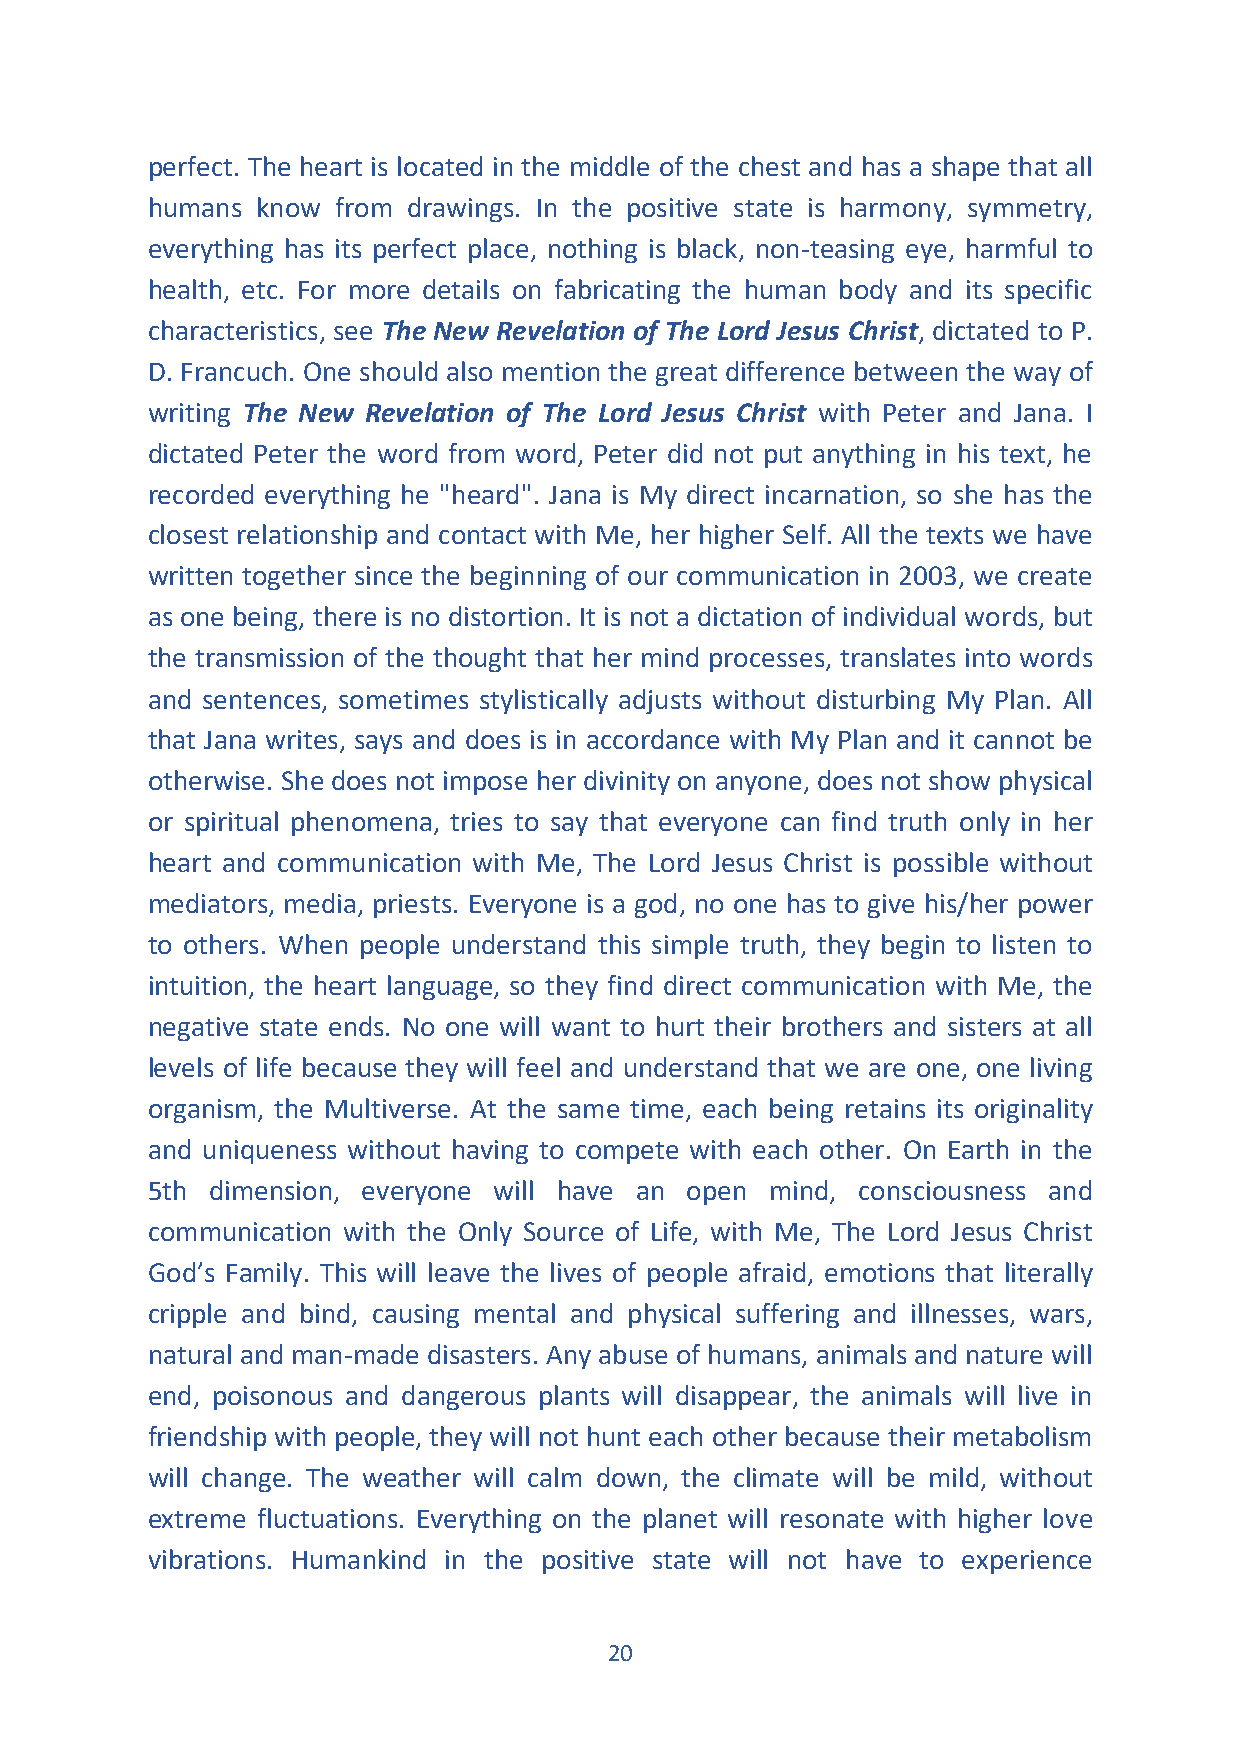
perfect. The heart is located in the middle of the chest and has a shape that all
 humans know from drawings. In the positive state is harmony, symmetry,
 everything has its perfect place, nothing is black, non-teasing eye, harmful to
 health, etc. For more details on fabricating the human body and its specific
 characteristics, see The New Revelation of The Lord Jesus Christ, dictated to P.
 D. Francuch. One should also mention the great difference between the way of
 writing The New Revelation of The Lord Jesus Christ with Peter and Jana. I
 dictated Peter the word from word, Peter did not put anything in his text, he
 recorded everything he "heard". Jana is My direct incarnation, so she has the
 closest relationship and contact with Me, her higher Self. All the texts we have
 written together since the beginning of our communication in 2003, we create
 as one being, there is no distortion. It is not a dictation of individual words, but
 the transmission of the thought that her mind processes, translates into words
 and sentences, sometimes stylistically adjusts without disturbing My Plan. All
 that Jana writes, says and does is in accordance with My Plan and it cannot be
 otherwise. She does not impose her divinity on anyone, does not show physical
 or spiritual phenomena, tries to say that everyone can find truth only in her
 heart and communication with Me, The Lord Jesus Christ is possible without
 mediators, media, priests. Everyone is a god, no one has to give his/her power
 to others. When people understand this simple truth, they begin to listen to
 intuition, the heart language, so they find direct communication with Me, the
 negative state ends. No one will want to hurt their brothers and sisters at all
 levels of life because they will feel and understand that we are one, one living
 organism, the Multiverse. At the same time, each being retains its originality
 and uniqueness without having to compete with each other. On Earth in the
 5th dimension, everyone will have an open mind, consciousness and
 communication with the Only Source of Life, with Me, The Lord Jesus Christ
 God’s Family. This will leave the lives of people afraid, emotions that literally
 cripple and bind, causing mental and physical suffering and illnesses, wars,
 natural and man-made disasters. Any abuse of humans, animals and nature will
 end, poisonous and dangerous plants will disappear, the animals will live in
 friendship with people, they will not hunt each other because their metabolism
 will change. The weather will calm down, the climate will be mild, without
 extreme fluctuations. Everything on the planet will resonate with higher love
 vibrations. Humankind in the positive state will not have to experience
 20